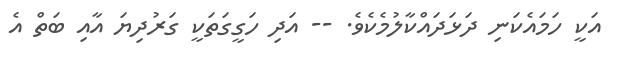
އަކީ ހަމައެކަނި ދަޅަދައްކާލުމެކެވެ. -- އަދި ހަގީގަތަކީ ގަރުދިޔަ އާއި ބަތް އެ